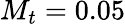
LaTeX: M_{t}=0.05